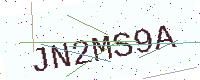
Text: JN2MS9A